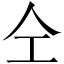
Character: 仝